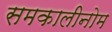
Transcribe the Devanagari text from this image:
समकालीनोम